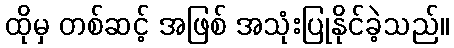
ထိုမှ တစ်ဆင့် အဖြစ် အသုံးပြုနိုင်ခဲ့သည်။